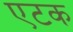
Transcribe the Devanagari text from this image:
एटक